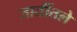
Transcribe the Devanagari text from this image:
जातींतले